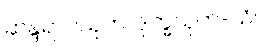
ဆန္ဒရာဂသုတ်၊ ဒုက္ခသုတ်-သံ။